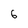
Character: 6